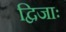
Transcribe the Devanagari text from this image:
द्विजाः